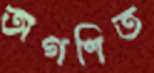
অগণিত